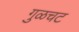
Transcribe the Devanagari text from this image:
गुळचट